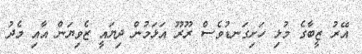
އޭރު ޒީބާގެ މުޅި ހަށިގަނޑުވެސް ރޫރޫ އަޅަމުން ދިޔައީ ޒެވިޔަން އާއި މެދު